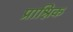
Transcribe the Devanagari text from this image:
प्राश्निक